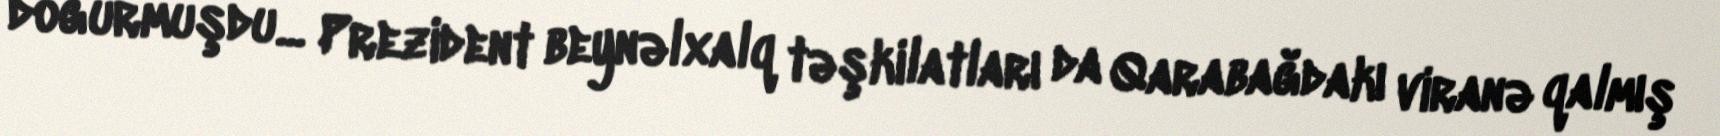
doğurmuşdu... Prezident beynəlxalq təşkilatları da Qarabağdakı viranə qalmış